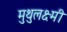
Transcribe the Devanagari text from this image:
मुथुलक्ष्मी